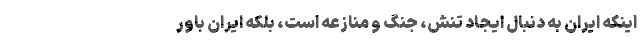
اینکه ایران به دنبال ایجاد تنش، جنگ و منازعه است، بلکه ایران باور